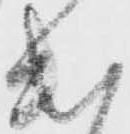
出